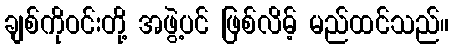
ချစ်ကိုဝင်းတို့ အဖွဲ့ပင် ဖြစ်လိမ့် မည်ထင်သည်။